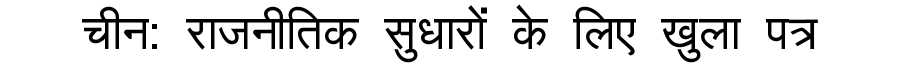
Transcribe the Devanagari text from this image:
चीन: राजनीतिक सुधारों के लिए खुला पत्र